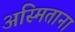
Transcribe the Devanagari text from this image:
अस्मिताना